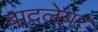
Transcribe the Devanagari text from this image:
बादलेयर